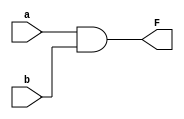
`timescale 1ns / 1ps
//////////////////////////////////////////////////////////////////////////////////
// Company: 
// Engineer: 
// 
// Design Name: 
// Module Name:    myandgate 
// Project Name: 
// Target Devices: 
// Tool versions: 
// Description: 
//
// Dependencies: 
//
// Revision: 
// Revision 0.01 - File Created
// Additional Comments: 
//
//////////////////////////////////////////////////////////////////////////////////
module myandgate(a, b, F);
input a, b;
output F;

and and1(F, a, b);

endmodule